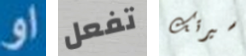
او تفعل سيرتك